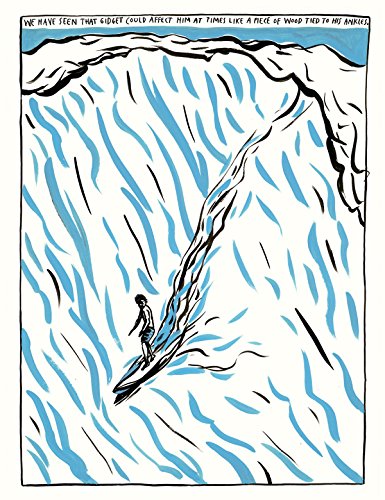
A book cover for Raymond Pettibon: Surfers 1985-2015; Carlo McCormick; Arts & Photography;